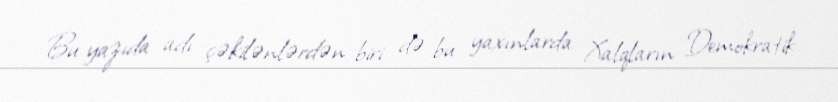
Bu yazıda adı çəkilənlərdən biri də bu yaxınlarda Xalqların Demokratik